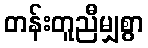
တန်းတူညီမျှစွာ